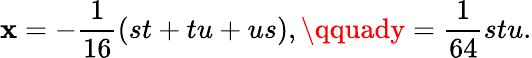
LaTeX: \mathbf{x}=-{\frac{{1}}{{16}}}(st+tu+us),\qquady={\frac{{1}}{{64}}}stu.